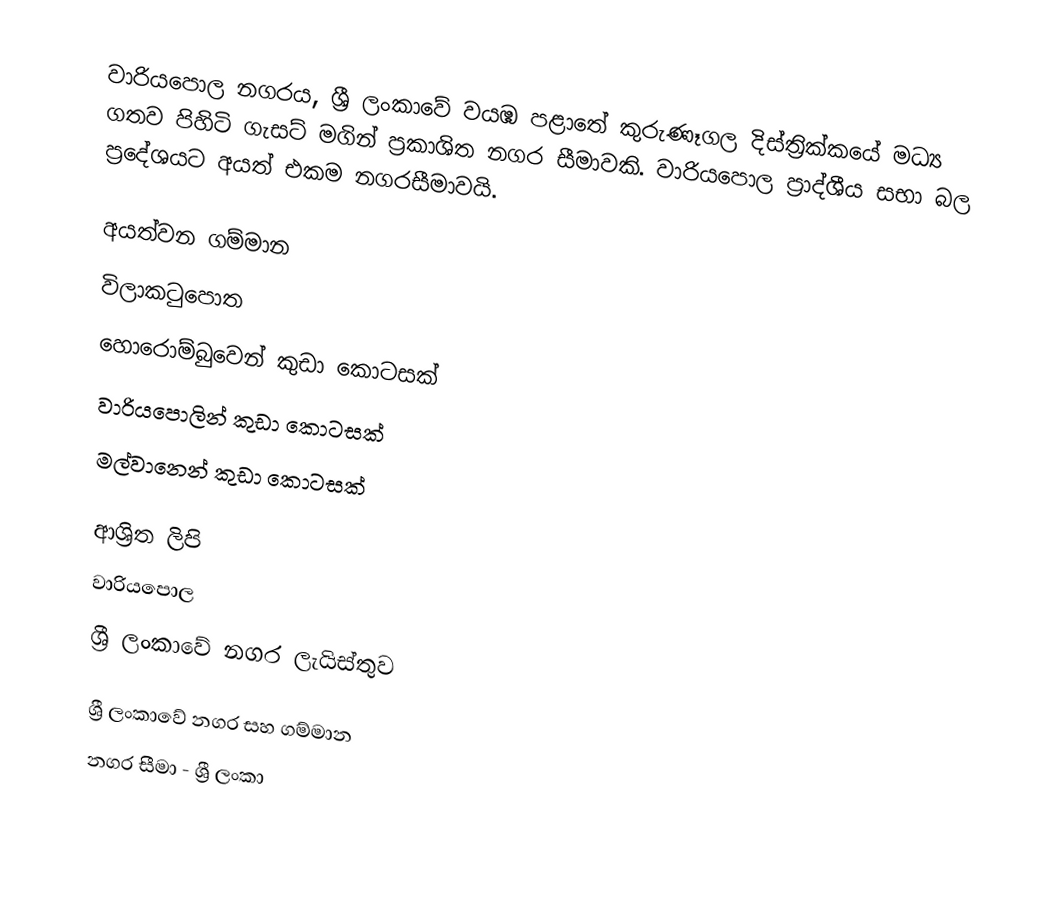
වාරියපොල නගරය, ශ්‍රී ලංකාවේ වයඹ පළාතේ කුරුණෑගල  දිස්ත්‍රික්ක‍යේ මධ්‍ය ගතව  පිහිටි ගැසට් මගින් ප්‍රකාශිත නගර සීමාවකි. වාරියපොල ප්‍රාද්ශීය සභා බල ප්‍රදේශයට අයත් එකම නගරසීමාවයි.

අයත්වන ගම්මාන
 විලාකටුපොත
 හොරොම්බුවෙන් කුඩා කොටසක්
 වාරියපොලින් කුඩා කොටසක්
 මල්වානෙන් කුඩා කොටසක්

ආශ්‍රිත ලිපි
 වාරියපොල
 ශ්‍රී ලංකාවේ නගර ලැයිස්තුව

ශ්‍රී ලංකාවේ නගර සහ ගම්මාන
නගර සීමා - ශ්‍රී ලංකා